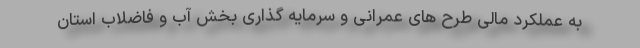
به عملکرد مالی طرح های عمرانی و سرمایه گذاری بخش آب و فاضلاب استان